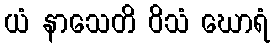
ယံ နာသေတိ ဝိသံ ဃောရံ